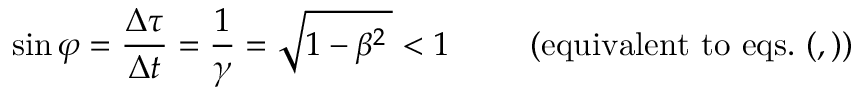
\sin \varphi = \frac { \Delta \tau } { \Delta t } = \frac { 1 } { \gamma } = \sqrt { 1 - \beta ^ { 2 } \, } < 1 \qquad \: \: \mathrm { ( e q u i v a l e n t \ t o \ e q s . \ ( , ) ) }